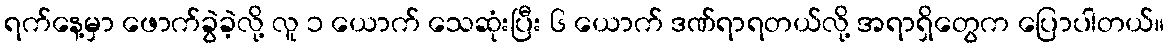
ရက်နေ့မှာ ဖောက်ခွဲခဲ့လို့ လူ ၁ ယောက် သေဆုံးပြီး ၆ ယောက် ဒဏ်ရာရတယ်လို့ အရာရှိတွေက ပြောပါတယ်။